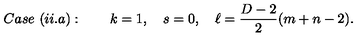
C a s e \ ( i i . a ) : \qquad k = 1 , \quad s = 0 , \quad \ell = \frac { D - 2 } { 2 } ( m + n - 2 ) .